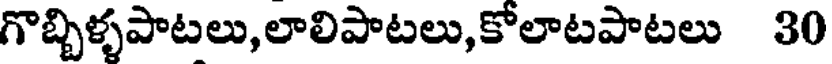
గొబ్బిళ్ళపాటలు,లాలిపాటలు,కోలాటపాటలు 30